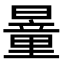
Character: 𣊹